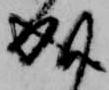
成